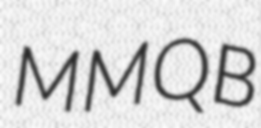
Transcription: MMQB